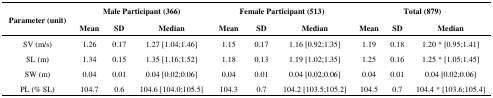
| <ROWSPAN=3> Parameter (unit) | <COLSPAN=3> Male Participant (366) | <COLSPAN=3> Female Participant (513) | <COLSPAN=3> Total (879) |
 | Mean | SD | Median | Mean | SD | Median | Mean | SD | Median |
 | --- | --- | --- | --- | --- | --- | --- | --- | --- | --- |
 | SV (m/s) | 1.26 | 0.17 | 1.27 [1.04;1.46] | 1.15 | 0.17 | 1.16 [0.92;1.35] | 1.19 | 0.18 | 1.20 * [0.95;1.41] |
 | SL (m) | 1.34 | 0.15 | 1.35 [1.16;1.52] | 1.18 | 0.13 | 1.19 [1.02;1.35] | 1.25 | 0.16 | 1.25 * [1.05;1.45] |
 | SW (m) | 0.04 | 0.01 | 0.04 [0.02;0.06] | 0.04 | 0.01 | 0.04 [0.02;0.06] | 0.04 | 0.01 | 0.04 [0.02;0.06] |
 | PL (% SL) | 104.7 | 0.6 | 104.6 [104.0;105.5] | 104.3 | 0.7 | 104.2 [103.5;105.2] | 104.5 | 0.7 | 104.4 * [103.6;105.4] |